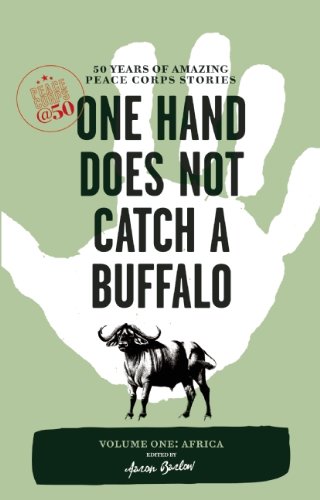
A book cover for One Hand Does Not Catch a Buffalo: 50 Years of Amazing Peace Corps Stories: Volume One: Africa (Peace Corps at 50); Business & Money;